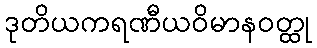
ဒုတိယကရဏီယဝိမာနဝတ္ထု